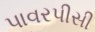
પાવરપીસી